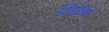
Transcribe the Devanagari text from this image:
अभिवृतियाँ